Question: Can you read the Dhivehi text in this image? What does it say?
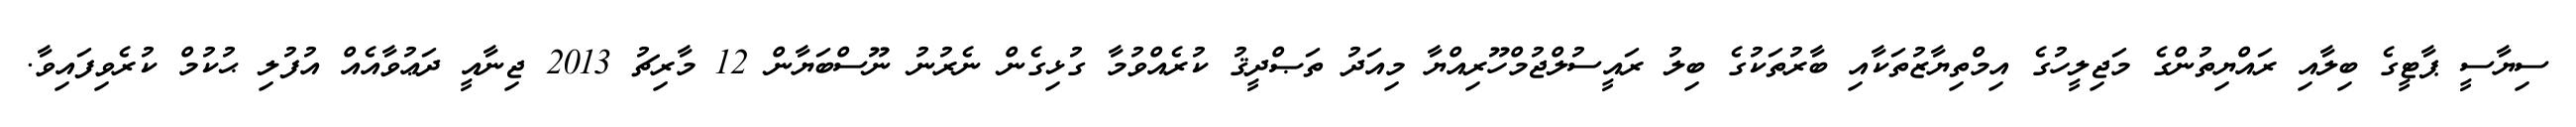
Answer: ސިޔާސީ ޕާޓީގެ ބިލާއި ރައްޔިތުންގެ މަޖިލީހުގެ އިމްތިޔާޒުތަކާއި ބާރުތަކުގެ ބިލު ރައީސުލްޖުމްހޫރިއްޔާ މިއަދު ތަޞްދީޤު ކުރެއްވުމާ ގުޅިގެން ނެރުނު ނޫސްބަޔާން 12 މާރިޗު 2013 ޖިނާއީ ދަޢުވާއެއް އުފުލި ޙުކުމް ކުރެވިފައިވާ.